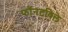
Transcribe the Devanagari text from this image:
फॉनटविले